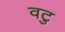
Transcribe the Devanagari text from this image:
वटु